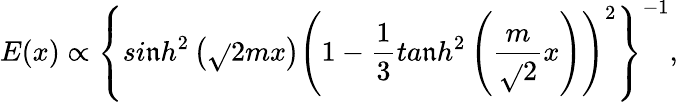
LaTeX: E(x)\propto\left\{ si\mathfrak{n}h^{2}\left(\sqrt{}{{2}}mx\right)\left(1-\frac{1}{3}ta\mathfrak{n}h^{2}\left(\frac{{m}}{{\sqrt{}{2}}}x\right)\right)^{2}\right\} ^{-1},